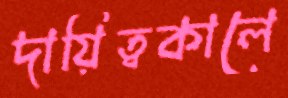
দায়িত্বকালে